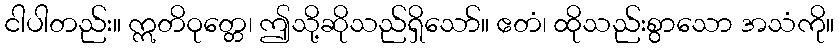
ငါပါတည်း။ ဣတိဝုတ္တေ၊ ဤသို့ဆိုသည်ရှိသော်။ ဧတံ၊ ထိုသည်းစွာသော အသံကို။